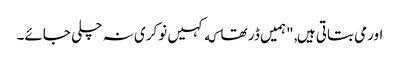
اورمی بتاتی ہیں, "ہمیں ڈر تھا که کہیں نوکری نہ چلی جائے۔